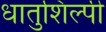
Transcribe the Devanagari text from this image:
धातुशिल्पी